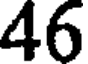
46